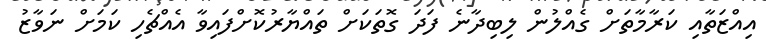
އިއްޒަތާއި ކަރާމާތަށް ގެއްލުން ލިބިދާނެ ފަދަ ގޮތަކަށް ތައްޔާރުކޮށްފައިވާ އެއްޗެހި ކަމަށް ނަވާޒު